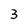
Character: 3